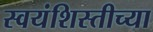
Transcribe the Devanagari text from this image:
स्वयंशिस्तीच्या